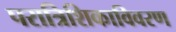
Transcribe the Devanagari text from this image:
परात्रिशिकाविवरण